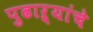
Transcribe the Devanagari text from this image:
पुढाऱ्यांचे